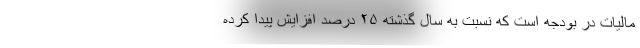
مالیات در بودجه است که نسبت به سال گذشته ۲۵ درصد افزایش پیدا کرده